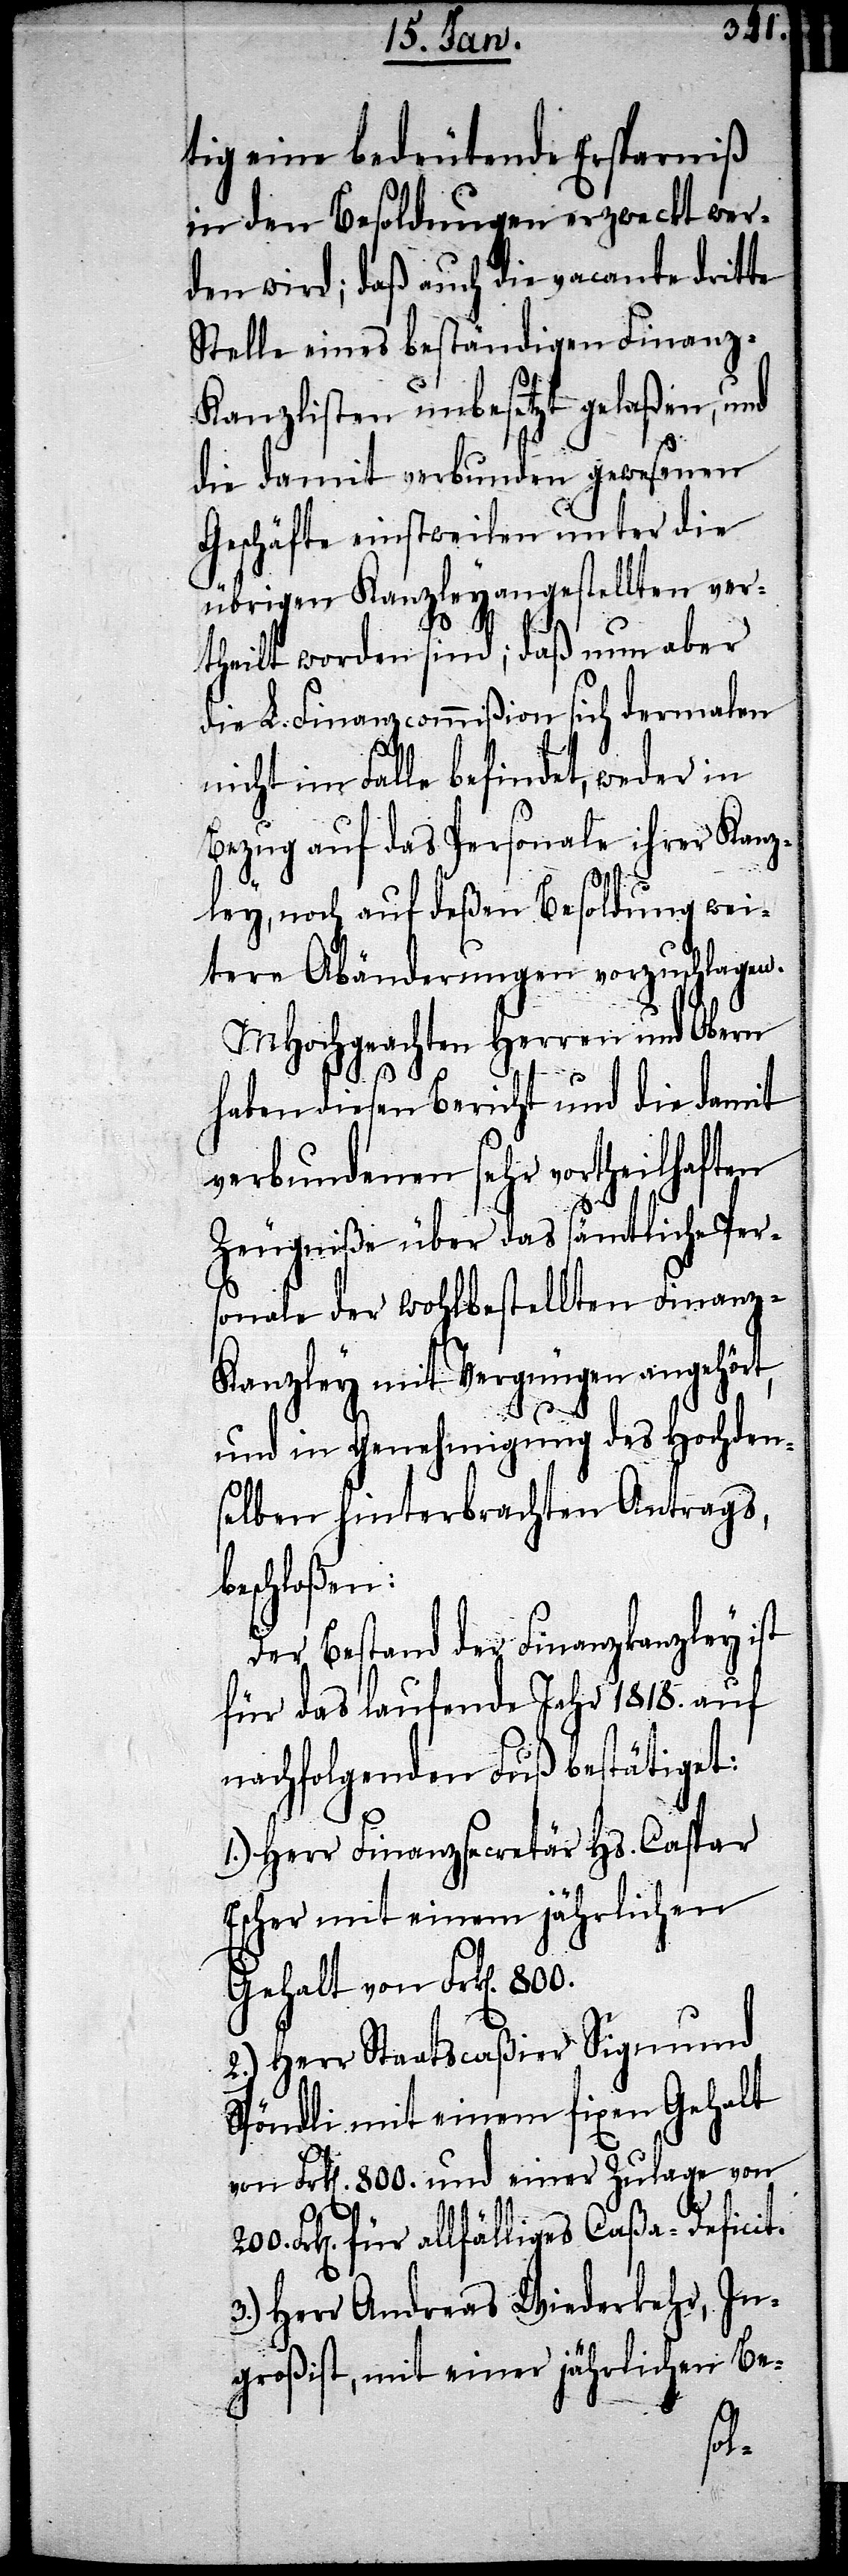
tig eine bedeutende Ersparniß
in den Besoldungen erzweckt wer¬
den wird; daß auch die vacante dritte
Stelle eines beständigen Finanz-K¬
anzlisten unbesetzt gelaßen, und
die damit verbunden gewesenen
Geschäfte einstweilen unter die
übrigen Kanzleyangestellten ver¬
theilt worden sind; daß nun aber
die L. Finanzcommißion sich dermalen
nicht im Falle befindet, weder in
Bezug auf das Personale ihrer Kanz¬
ley, noch auf deßen Besoldung wei¬
tern Abänderungen vorzuschlagen,
MHochgeachten Herren und Obern
haben diesen Bericht und die damit
verbundenen sehr vortheilhaften
Zeugniße über das sämtliche Per¬
sonale der wohlbestellten Finanz-K¬
anzley mit Vergnügen angehört,
und in Genehmigung des Hochden¬
selben hinterbrachten Antrags,
beschloßen:
Der Bestand der Finanzkanzley ist
für das laufende Jahr 1818. auf
nachfolgenden Fuß bestätiget:
1.) Herr Finanzsecretär Hs. Caspar
Escher mit einem jährlichen
Gehalt von Frk[en]. 800.
2.) Herr Staatscaßier Sigmund
Spondli mit einem fixen Gehalt
von Frk[en]. 800. und einer Zulage von
Frk[en]. für allfälliges Caßa-Deficit.
3.) Herr Andreas Wiederkehr, In¬
großist, mit einer jährlichen Be-